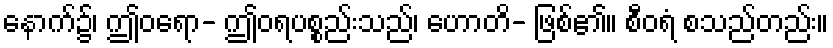
နောက်၌၊ ဤဝရော- ဤဝရပစ္စည်းသည်၊ ဟောတိ- ဖြစ်၏။ စီဝရံ စသည်တည်း။